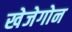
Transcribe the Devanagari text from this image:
खेजेगोन